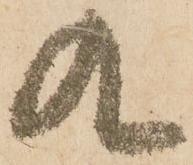
九